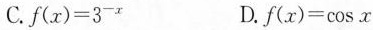
C.$$f ( x ) = 3 ^ { - x }$$ D.$$f ( x ) = \cos x$$